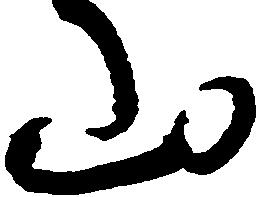
山